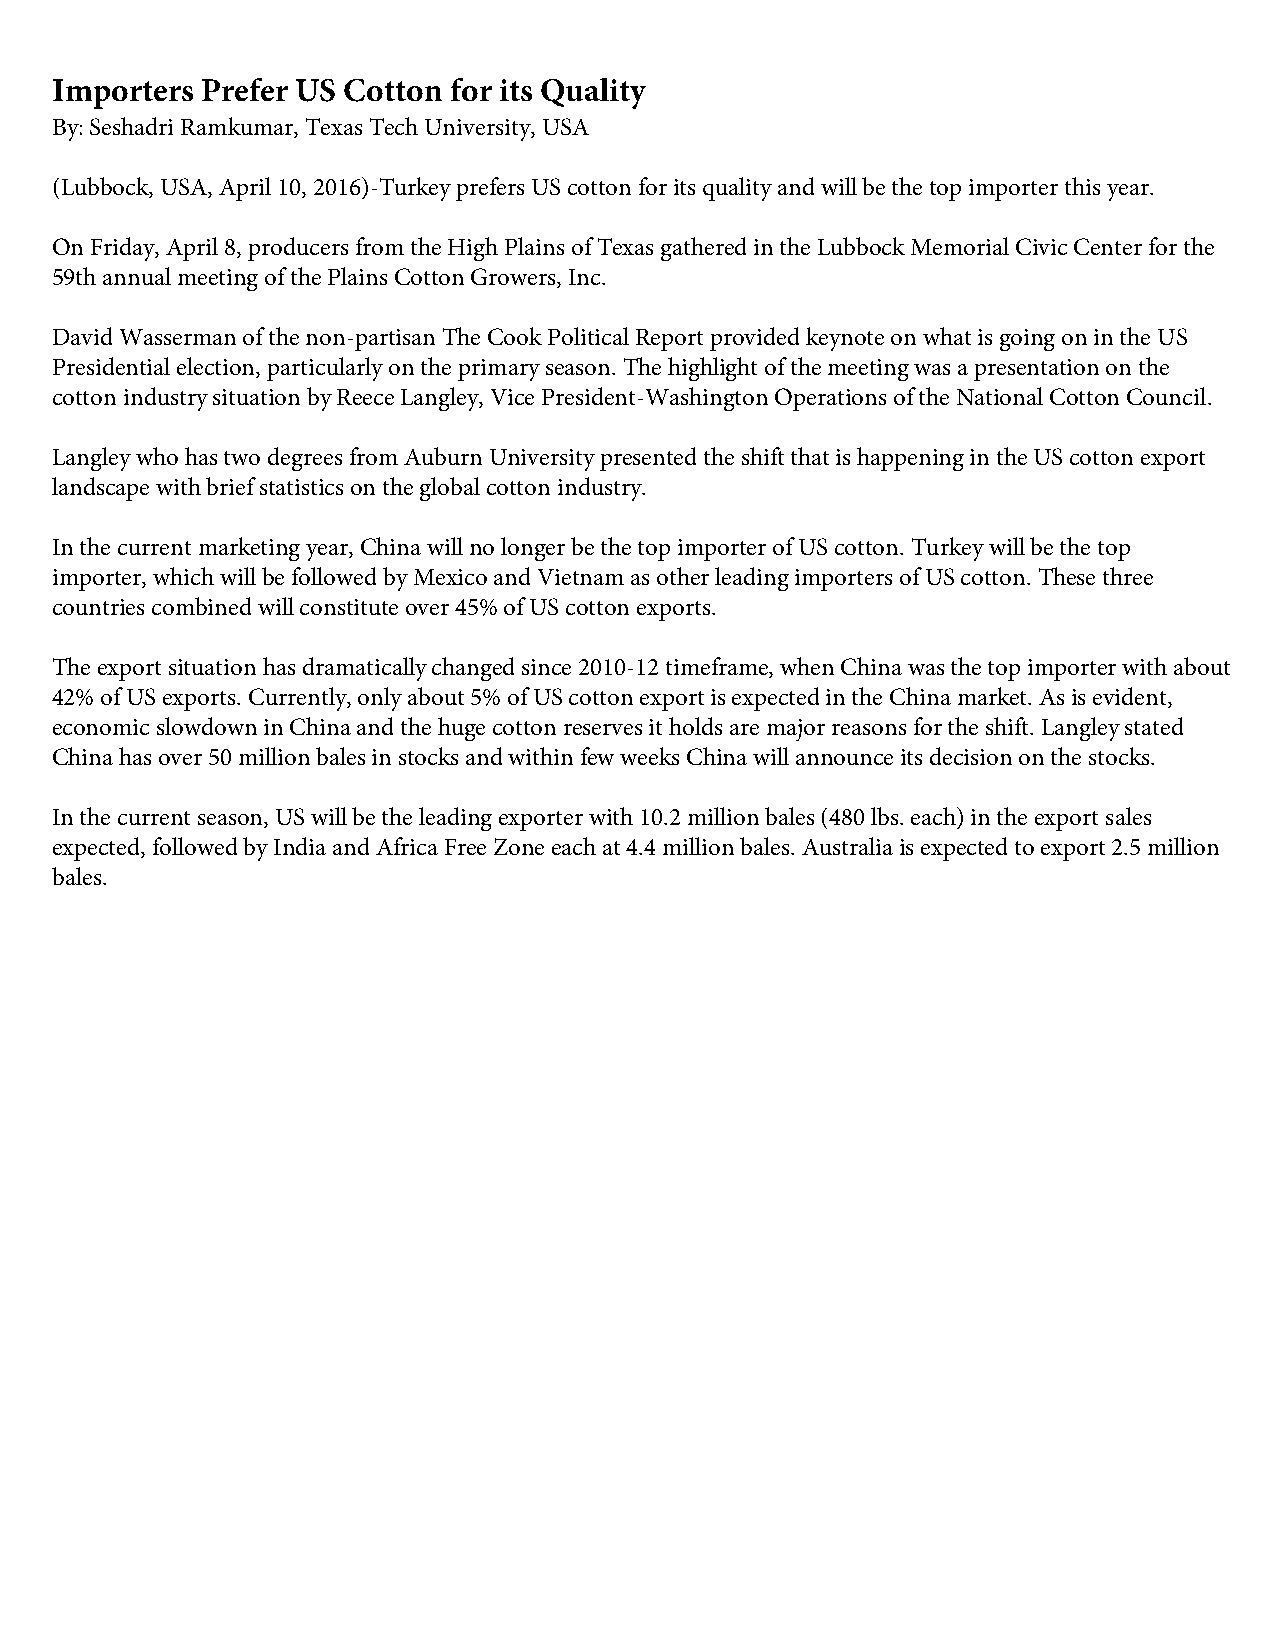
Importers Prefer US Cotton for its Quality
 By: Seshadri Ramkumar, Texas Tech University, USA
 (Lubbock, USA, April 10, 2016)-Turkey prefers US cotton for its quality and will be the top importer this year.
 On Friday, April 8, producers from the High Plains of Texas gathered in the Lubbock Memorial Civic Center for the
 59th annual meeting of the Plains Cotton Growers, Inc.
 David Wasserman of the non-partisan The Cook Political Report provided keynote on what is going on in the US
 Presidential election, particularly on the primary season. The highlight of the meeting was a presentation on the
 cotton industry situation by Reece Langley, Vice President-Washington Operations of the National Cotton Council.
 Langley who has two degrees from Auburn University presented the shift that is happening in the US cotton export
 landscape with brief statistics on the global cotton industry.
 In the current marketing year, China will no longer be the top importer of US cotton. Turkey will be the top
 importer, which will be followed by Mexico and Vietnam as other leading importers of US cotton. These three
 countries combined will constitute over 45% of US cotton exports.
 The export situation has dramatically changed since 2010-12 timeframe, when China was the top importer with about
 42% of US exports. Currently, only about 5% of US cotton export is expected in the China market. As is evident,
 economic slowdown in China and the huge cotton reserves it holds are major reasons for the shift. Langley stated
 China has over 50 million bales in stocks and within few weeks China will announce its decision on the stocks.
 In the current season, US will be the leading exporter with 10.2 million bales (480 lbs. each) in the export sales
 expected, followed by India and Africa Free Zone each at 4.4 million bales. Australia is expected to export 2.5 million
 bales.